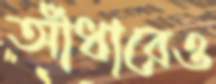
আঁধারেও